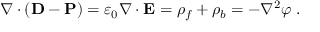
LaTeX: \nabla \cdot ( \mathbf { D } - \mathbf { P } ) = \varepsilon _ { 0 } \nabla \cdot \mathbf { E } = \rho _ { f } + \rho _ { b } = - \nabla ^ { 2 } \varphi \ .